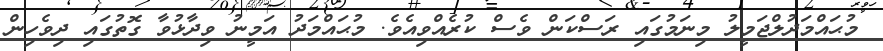
މުޙައްމަދުލްޖަމީލު މިނަމުގައި ރަސްކަން ވެސް ކުރެއްވިއެވެ. މުޙައްމަދު އަމީނު ވިދާޅުވާ ގޮތުގައި ދިވެހިން